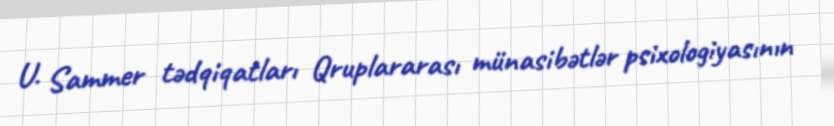
U. Sammer tədqiqatları Qruplararası münasibətlər psixologiyasının